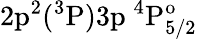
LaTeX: \mathrm{2p^{2}(^{3}P)3p~^{4}P_{5/2}^{o}}